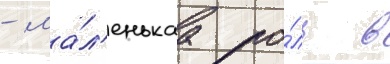
- ма́л'енькаа ро́ль в